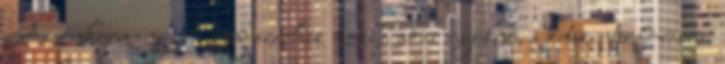
Az onkormanyzati rendszerhez hozza akar nyulni, a ketszintu fovarosi